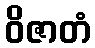
ဝိဇာတံ